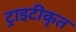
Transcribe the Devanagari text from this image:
ट्राइटीकृत